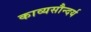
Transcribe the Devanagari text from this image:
काव्यसौन्दर्य